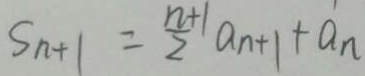
S _ { n + 1 } = \frac { n + 1 } { 2 } a _ { n + 1 } + a _ { n }